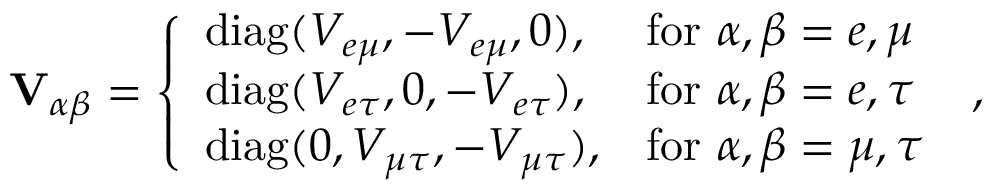
\mathbf { V } _ { \alpha \beta } = \left\{ \begin{array} { l l } { \mathrm { d i a g } ( V _ { e \mu } , - V _ { e \mu } , 0 ) , } & { \mathrm { f o r } ~ \alpha , \beta = e , \mu } \\ { \mathrm { d i a g } ( V _ { e \tau } , 0 , - V _ { e \tau } ) , } & { \mathrm { f o r } ~ \alpha , \beta = e , \tau } \\ { \mathrm { d i a g } ( 0 , V _ { \mu \tau } , - V _ { \mu \tau } ) , } & { \mathrm { f o r } ~ \alpha , \beta = \mu , \tau } \end{array} \right. \; ,